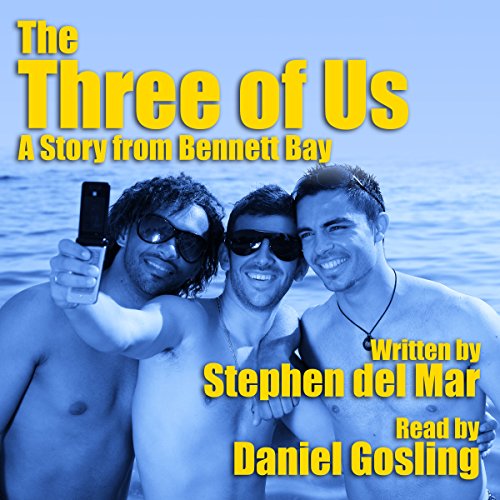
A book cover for The Three of Us: A Story from Bennett Bay; Stephen del Mar; Romance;